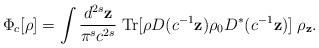
LaTeX: \begin{align*}\Phi _{c}[\rho ]=\int \frac{d^{2s}\mathbf{z}}{\pi ^{s}c^{2s}}\;\mbox{Tr}[\rho D(c^{-1}\mathbf{z})\rho _{0}D^{\ast }(c^{-1}\mathbf{z})]\;\rho _{\mathbf{z}}. \end{align*}